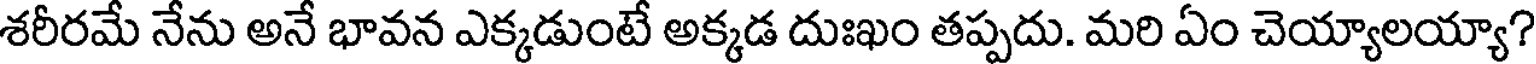
శరీరమే నేను అనే భావన ఎక్కడుంటే అక్కడ దుఃఖం తప్పదు. మరి ఏం చెయ్యాలయ్యా?